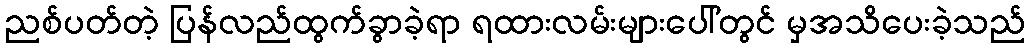
ညစ်ပတ်တဲ့ ပြန်လည်ထွက်ခွာခဲ့ရာ ရထားလမ်းများပေါ်တွင် မှအသိပေးခဲ့သည်